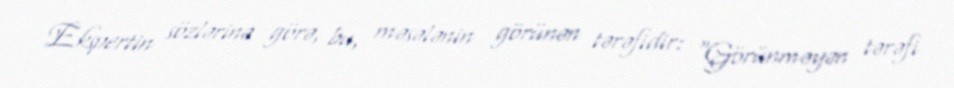
Ekspertin sözlərinə görə, bu, məsələnin görünən tərəfidir: “Görünməyən tərəfi